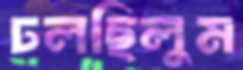
ঢলছিলুম